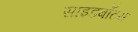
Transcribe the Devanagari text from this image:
साइडबॉटम